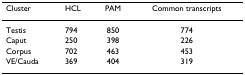
<table><thead><tr><td><b>Cluster</b></td><td><b>HCL</b></td><td><b>PAM</b></td><td><b>Common transcripts</b></td></tr></thead><tbody><tr><td>Testis</td><td>794</td><td>850</td><td>774</td></tr><tr><td>Caput</td><td>250</td><td>398</td><td>226</td></tr><tr><td>Corpus</td><td>702</td><td>463</td><td>453</td></tr><tr><td>VE/Cauda</td><td>369</td><td>404</td><td>319</td></tr></tbody></table>